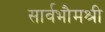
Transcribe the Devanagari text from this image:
सार्वभौमश्री